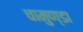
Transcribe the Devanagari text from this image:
चामुण्‍डा